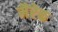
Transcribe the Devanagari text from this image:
मैरेक